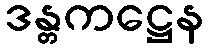
ဒန္တကဋ္ဌေန